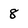
Character: 8